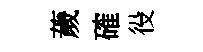
薉確役